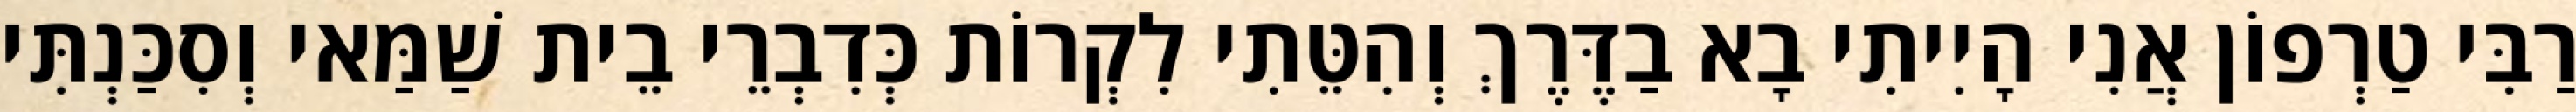
רַבִּי טַרְפוֹן אֲנִי הָיִיתִי בָא בַדֶּרֶךְ וְהִטֵּתִי לִקְרוֹת כְּדִבְרֵי בֵית שַׁמַּאי וְסִכַּנְתִּי